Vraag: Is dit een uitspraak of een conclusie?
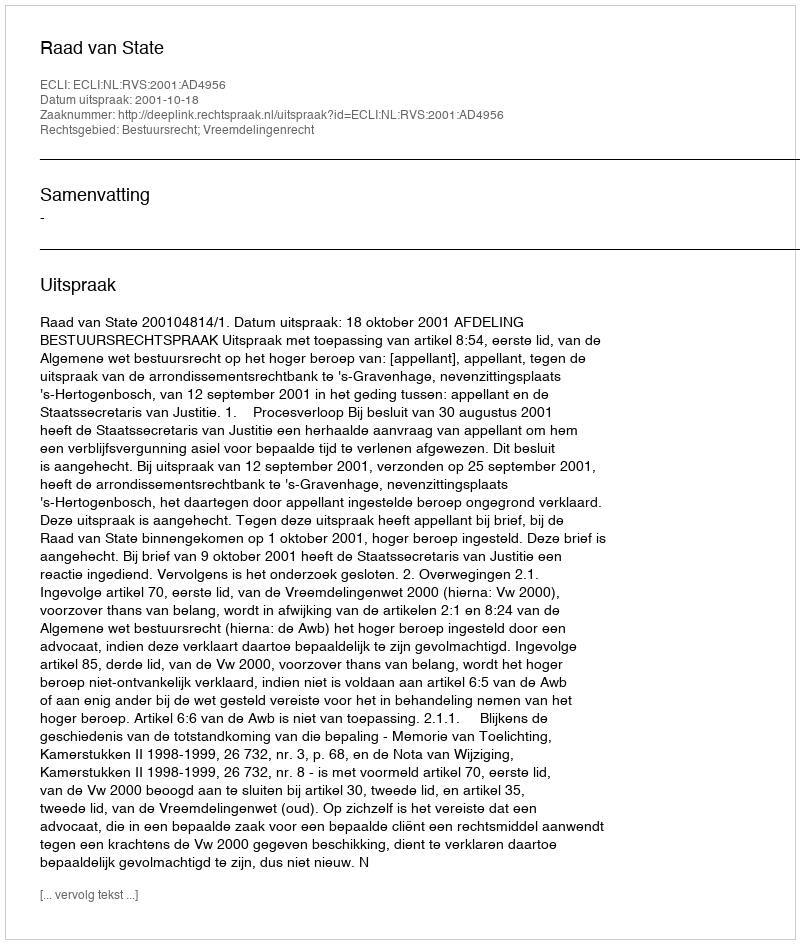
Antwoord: Uitspraak